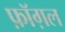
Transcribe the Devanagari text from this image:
फ़ॉग़ल